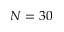
N = 3 0